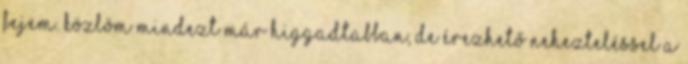
fejem. Közlöm mindezt már higgadtabban, de érezhető nehezteléssel a